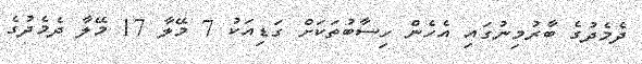
ދެމެދުގެ ބާރުމިނުގައި އެހެން ހިސާބުތަކަށް ގަޑިއަކު 7 މޭލާ 17 މޭލާ ދެމެދުގެ